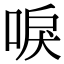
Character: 唳